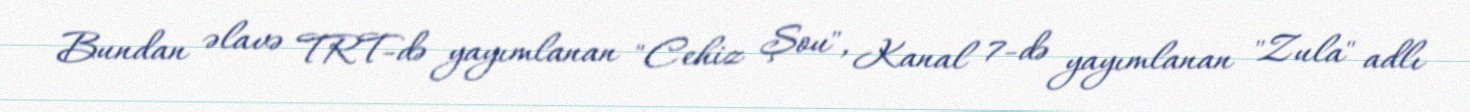
Bundan əlavə TRT-də yayımlanan "Cehiz Şou", Kanal 7-də yayımlanan "Zula" adlı